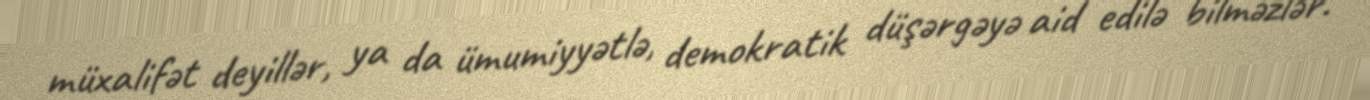
müxalifət deyillər, ya da ümumiyyətlə, demokratik düşərgəyə aid edilə bilməzlər.